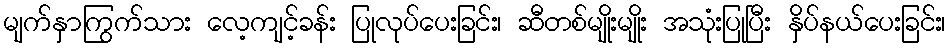
မျက်နှာကြွက်သား လေ့ကျင့်ခန်း ပြုလုပ်ပေးခြင်း၊ ဆီတစ်မျိုးမျိုး အသုံးပြုပြီး နှိပ်နယ်ပေးခြင်း၊